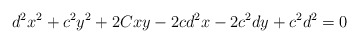
\begin{align*}d^{2}x^{2}+c^{2}y^{2}+2Cxy-2cd^{2}x-2c^{2}dy+c^{2}d^{2}=0 \end{align*}